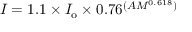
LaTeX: I = 1 . 1 \times I _ { \mathrm { o } } \times 0 . 7 6 ^ { ( A M ^ { 0 . 6 1 8 } ) }